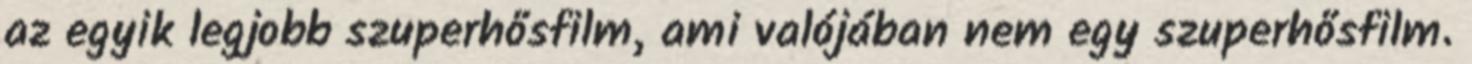
az egyik legjobb szuperhősfilm, ami valójában nem egy szuperhősfilm.